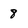
Character: 8